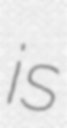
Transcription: is